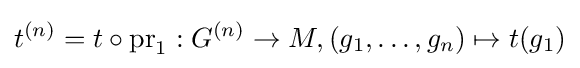
t^{(n)}=t\circ \mathrm {pr} _{1}:G^{(n)}\to M,(g_{1},\ldots ,g_{n})\mapsto t(g_{1})